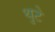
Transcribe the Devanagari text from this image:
थुटे